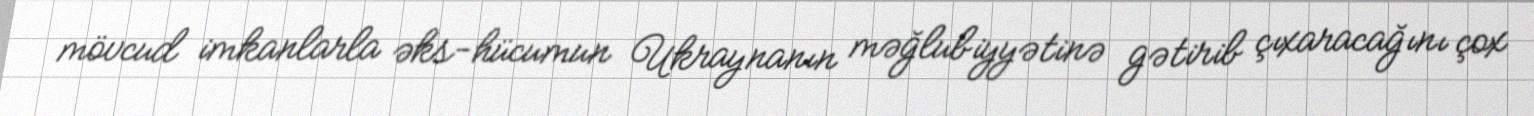
mövcud imkanlarla əks-hücumun Ukraynanın məğlubiyyətinə gətirib çıxaracağını çox